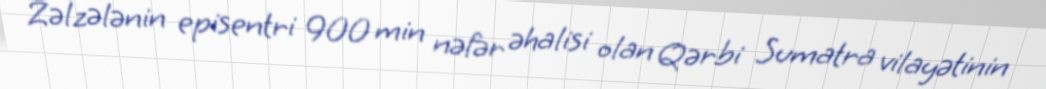
Zəlzələnin episentri 900 min nəfər əhalisi olan Qərbi Sumatra vilayətinin